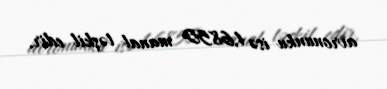
avronunku isə 1,6850 manat təşkil edir.